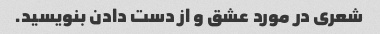
شعری در مورد عشق و از دست دادن بنویسید.